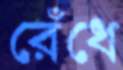
রেঁধে